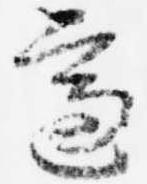
適